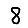
Digit: 8